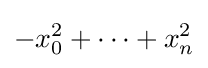
-x_{0}^{2}+\cdots +x_{n}^{2}